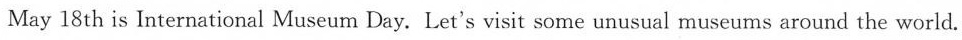
May 18th is International Museum Day. Let's visit some unusual museums around the world.